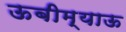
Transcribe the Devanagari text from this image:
ऊबीम्याऊ